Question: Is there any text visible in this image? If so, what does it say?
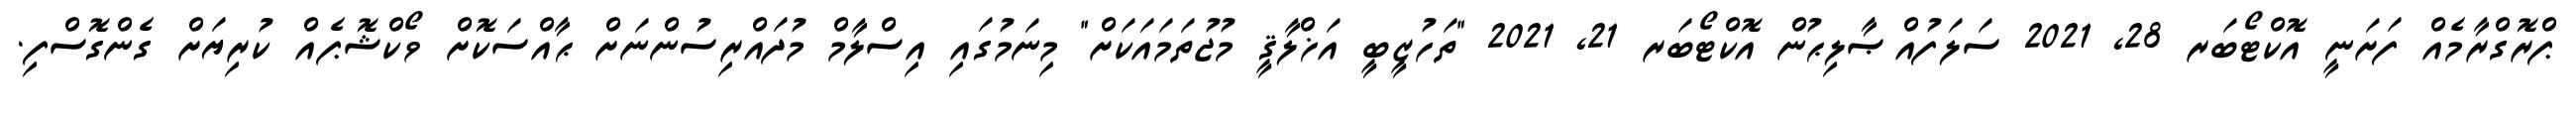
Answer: ޕްރޮގްރާމެއް ފަށަނީ އޮކްޓޯބަރ 28, 2021 ސަލަފުއްޞާލިޙުން އޮކްޓޯބަރ 21, 2021 "ތަހުޒީބީ އަޚްލާޤީ މުޖުތަމައަކަށް" މިނަމުގައި އިސްލާމް މުދައްރިސުންނަށް ޙާއްސަކޮށް ވޯކްޝޮޕެއް ކުރިޔަށް ގެންގޮސްފި.